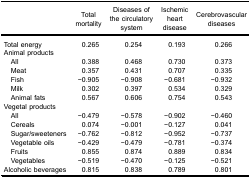
<table><thead><tr><td><b> </b></td><td><b>Totalmortality</b></td><td><b>Diseases ofthe circulatorysystem</b></td><td><b>Ischemicheartdisease</b></td><td><b>Cerebrovasculardiseases</b></td></tr></thead><tbody><tr><td>Total energy</td><td>0.265</td><td>0.254</td><td>0.193</td><td>0.266</td></tr><tr><td colspan="5">Animal products</td></tr><tr><td> All</td><td>0.388</td><td>0.468</td><td>0.730</td><td>0.373</td></tr><tr><td> Meat</td><td>0.357</td><td>0.431</td><td>0.707</td><td>0.335</td></tr><tr><td> Fish</td><td>−0.905</td><td>−0.908</td><td>−0.681</td><td>−0.932</td></tr><tr><td> Milk</td><td>0.302</td><td>0.397</td><td>0.534</td><td>0.329</td></tr><tr><td> Animal fats</td><td>0.567</td><td>0.606</td><td>0.754</td><td>0.543</td></tr><tr><td colspan="5">Vegetal products</td></tr><tr><td> All</td><td>−0.479</td><td>−0.578</td><td>−0.902</td><td>−0.460</td></tr><tr><td> Cereals</td><td>0.074</td><td>−0.001</td><td>−0.127</td><td>0.041</td></tr><tr><td> Sugar/sweeteners</td><td>−0.762</td><td>−0.812</td><td>−0.952</td><td>−0.737</td></tr><tr><td> Vegetable oils</td><td>−0.429</td><td>−0.479</td><td>−0.781</td><td>−0.374</td></tr><tr><td> Fruits</td><td>0.855</td><td>0.874</td><td>0.889</td><td>0.834</td></tr><tr><td> Vegetables</td><td>−0.519</td><td>−0.470</td><td>−0.125</td><td>−0.521</td></tr><tr><td>Alcoholic beverages</td><td>0.815</td><td>0.838</td><td>0.789</td><td>0.801</td></tr></tbody></table>